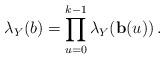
LaTeX: \begin{align*}\lambda_Y(b)& = \prod_{u=0}^{k-1} \lambda_Y(\mathbf{b}(u))\,.\end{align*}